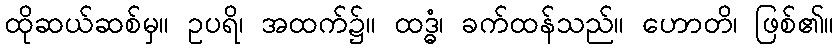
ထိုဆယ်ဆစ်မှ။ ဥပရိ၊ အထက်၌။ ထဒ္ဓံ၊ ခက်ထန်သည်။ ဟောတိ၊ ဖြစ်၏။